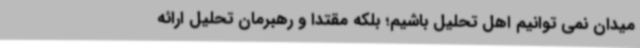
میدان نمی توانیم اهل تحلیل باشیم؛ بلکه مقتدا و رهبرمان تحلیل ارائه